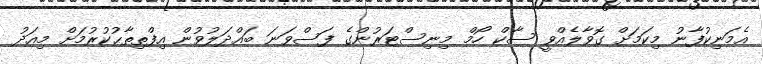
އެމަނިކުފާނު މިކަމަށް ގޮވާލެއްވީ ސާކް ހޯމް މިނިސްޓަރުންގެ ފަސްވަނަ ބައްދަލުވުން އިފްތިތާޙުކުރުމަށް މިއަދު